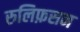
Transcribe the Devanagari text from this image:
रुलिफ़सन